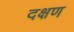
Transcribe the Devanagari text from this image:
दक्षण